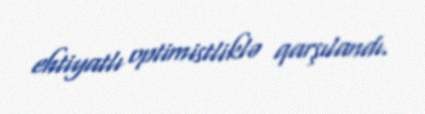
ehtiyatlı optimistliklə qarşılandı.